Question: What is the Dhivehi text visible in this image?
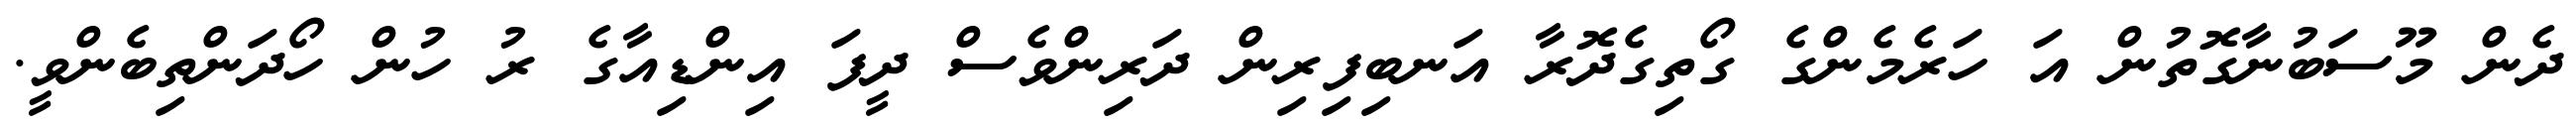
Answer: ދެން މޫސަބުނާގޮތުން އަ ހަރެމެންގެ ގޯތިގެދޮރާ އަނބިފިރިން ދަރިންވެސް ދީފަ އިންޑިއާގެ ރު ހުން ހޯދަންތިބެންވީ.